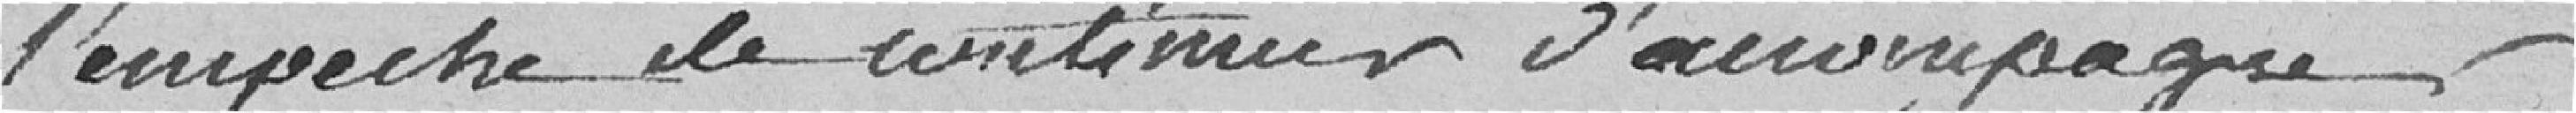
l'empêche de continuer d'accompagner